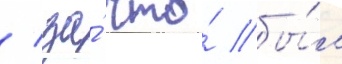
/ за́ что́ бы́л